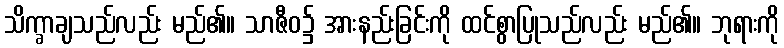
သိက္ခာချသည်လည်း မည်၏။ သာဇီဝ၌ အားနည်းခြင်းကို ထင်စွာပြုသည်လည်း မည်၏။ ဘုရားကို